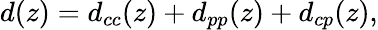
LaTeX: d(z)=d_{cc}(z)+d_{pp}(z)+d_{cp}(z),